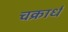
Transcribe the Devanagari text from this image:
चक्रार्ध